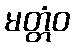
မတ္တံဝ